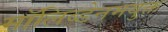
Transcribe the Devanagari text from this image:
मॉलिब्डेनमयुक्त